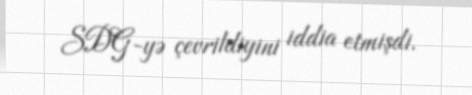
SDG-yə çevrildiyini iddia etmişdi.